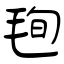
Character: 毥